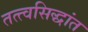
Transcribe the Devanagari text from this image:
तत्त्वसिद्धांत